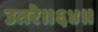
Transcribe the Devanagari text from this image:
उतरे॥६४॥